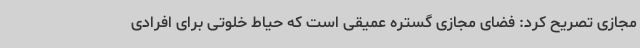
مجازی تصریح کرد: فضای مجازی گستره عمیقی است که حیاط خلوتی برای افرادی